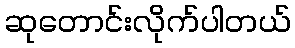
ဆုတောင်းလိုက်ပါတယ်